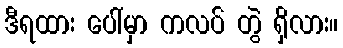
ဒီရထား ပေါ်မှာ ကလပ် တွဲ ရှိလား။